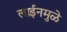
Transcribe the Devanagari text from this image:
लाईनमुळे